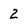
Character: 2